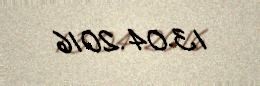
13.04.2016